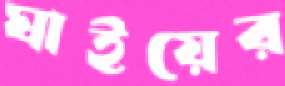
ঘাইয়ের